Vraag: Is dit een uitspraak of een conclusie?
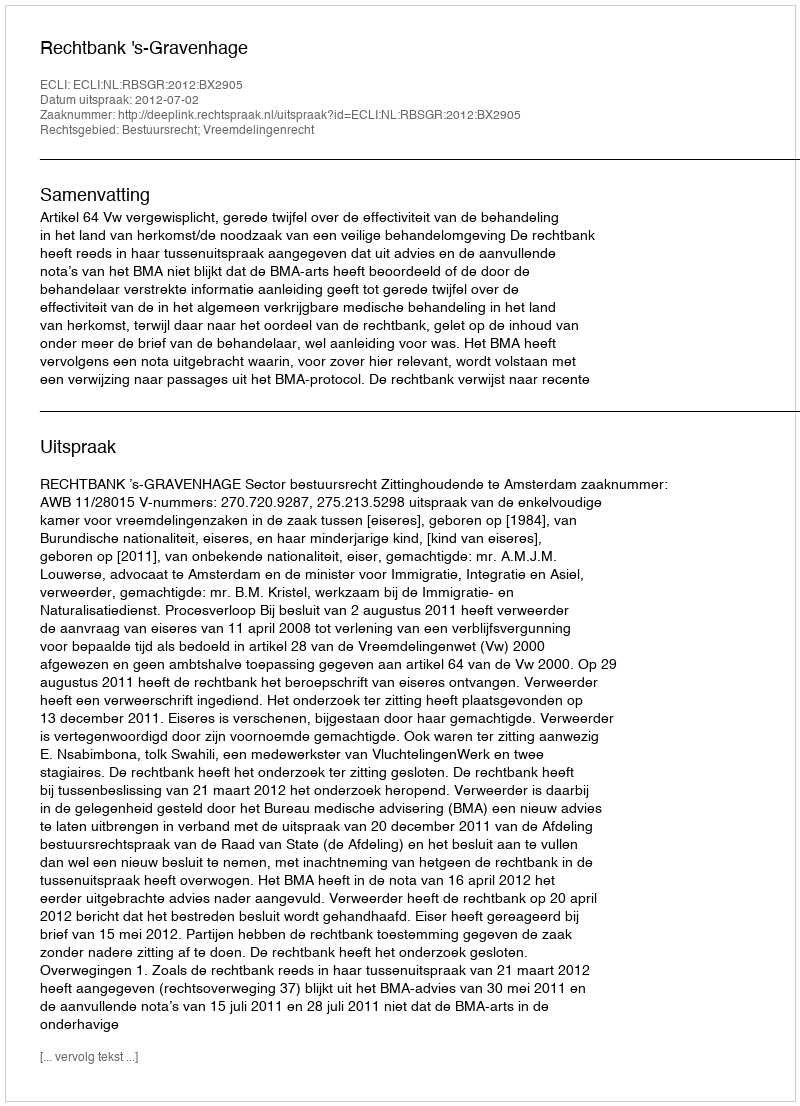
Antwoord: Uitspraak